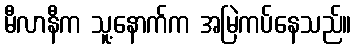
မီလာနီက သူ့နောက်က အမြဲကပ်နေသည်။